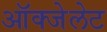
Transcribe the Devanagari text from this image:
ऑक्‍जेलेट